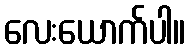
လေးယောက်ပါ။